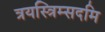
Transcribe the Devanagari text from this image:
त्रयस्त्रिम्सदमि